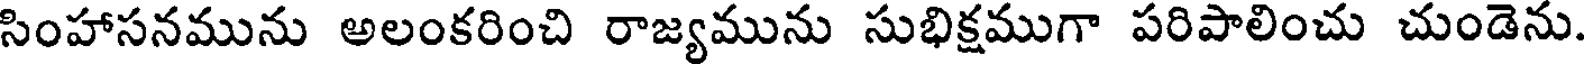
సింహాసనమును అలంకరించి రాజ్యమును సుభిక్షముగా పరిపాలించు చుండెను